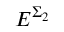
E ^ { \Sigma _ { 2 } }